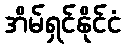
အိမ်ရှင်နိုင်ငံ